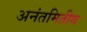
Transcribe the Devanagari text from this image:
अनंतमितीय